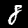
Digit: 8